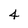
Character: 4